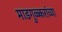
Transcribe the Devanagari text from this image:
माडगुळ्करांच्या